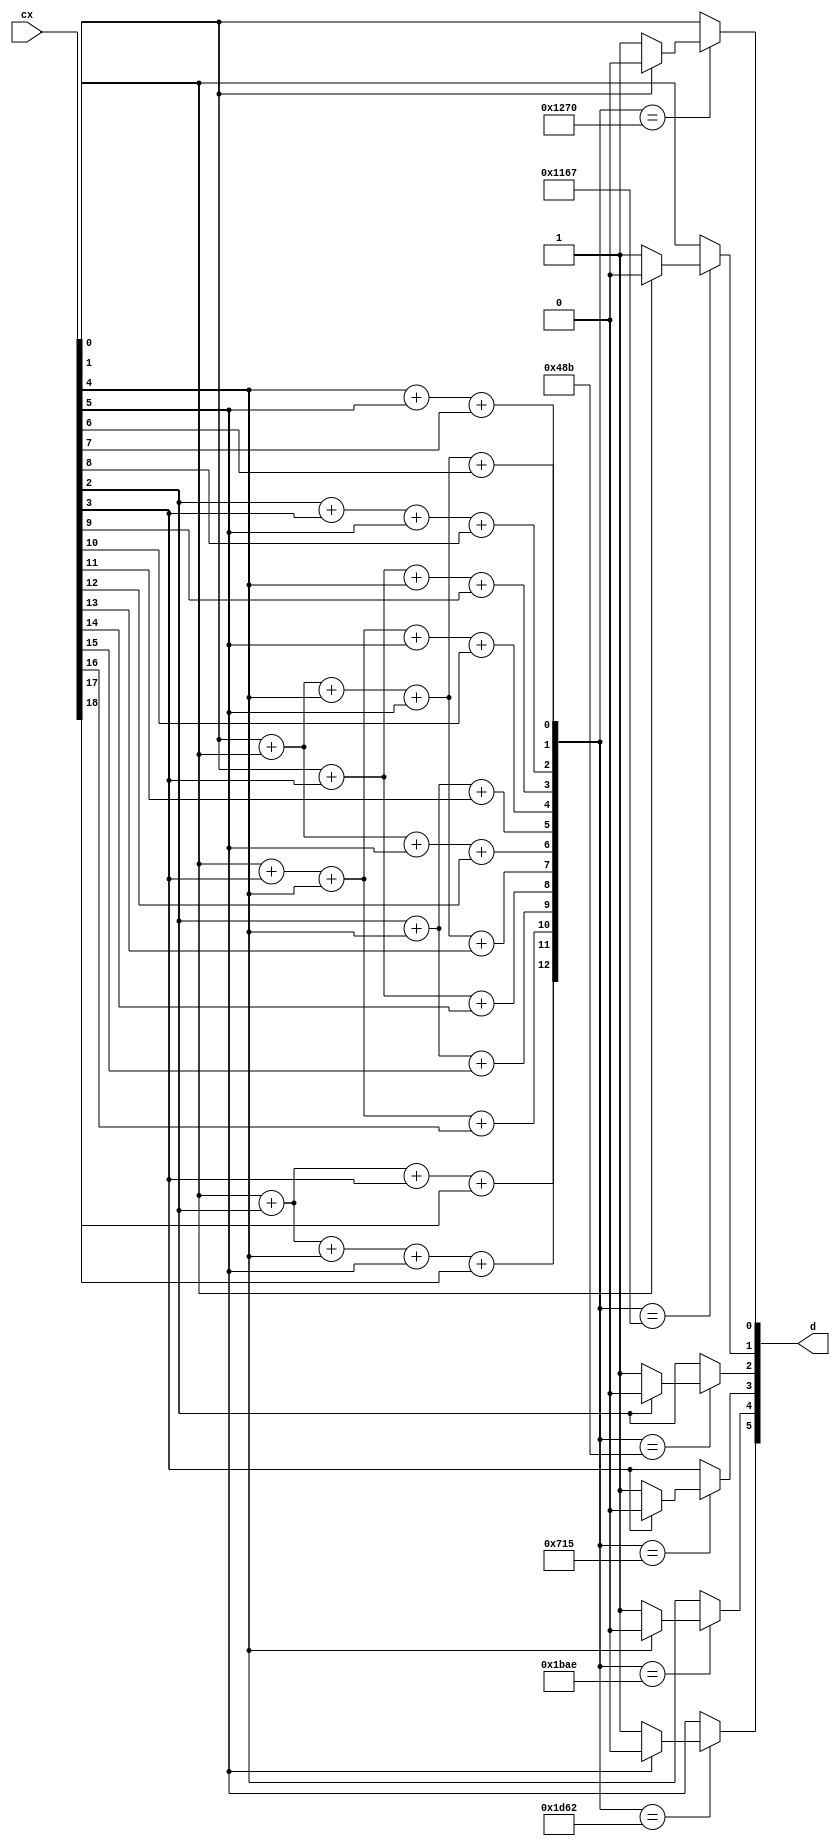
module decoder (cx,d);
	output [5:0] d;

	input [18:0] cx;

	reg [5:0] d;
	reg [12:0] s;
	reg [18:0] cx1;


	parameter s0 = 13'b1001001110000;
	parameter s1 = 13'b1000101100111;
	parameter s2 = 13'b0010010001011;
	parameter s3 = 13'b0011100010101;
	parameter s4 = 13'b1101110101110;
	parameter s5 = 13'b1110101100010;
	parameter s6 = 13'b1000000000000;
	parameter s7 = 13'b0100000000000;
	parameter s8 = 13'b0010000000000;
	parameter s9 = 13'b0001000000000;
	parameter s10 = 13'b0000100000000;
	parameter s11 = 13'b0000010000000;
	parameter s12 = 13'b0000001000000;
	parameter s13 = 13'b0000000100000;
	parameter s14 = 13'b0000000010000;
	parameter s15 = 13'b0000000001000;
	parameter s16 = 13'b0000000000100;
	parameter s17 = 13'b0000000000010;
	parameter s18 = 13'b0000000000001;


	always @(cx)
	begin
		cx1[0] = cx[0];
		cx1[1] = cx[1];
		cx1[2] = cx[2];
		cx1[3] = cx[3];
		cx1[4] = cx[4];
		cx1[5] = cx[5];
		cx1[6] = cx[6];
		cx1[7] = cx[7];
		cx1[8] = cx[8];
		cx1[9] = cx[9];
		cx1[10] = cx[10];
		cx1[11] = cx[11];
		cx1[12] = cx[12];
		cx1[13] = cx[13];
		cx1[14] = cx[14];
		cx1[15] = cx[15];
		cx1[16] = cx[16];
		cx1[17] = cx[17];
		cx1[18] = cx[18];
		s[0]= cx[0]+ cx[1]+ cx[4]+ cx[5]+ cx[6];
		s[1]= cx[4]+ cx[5]+ cx[7];
		s[2]= cx[2]+ cx[3]+ cx[5]+ cx[8];
		s[3]= cx[0]+ cx[3]+ cx[4]+ cx[9];
		s[4]= cx[1]+ cx[3]+ cx[4]+ cx[5]+ cx[10];
		s[5]= cx[2]+ cx[4]+ cx[11];
		s[6]= cx[0]+ cx[1]+ cx[5]+ cx[12];
		s[7]= cx[0]+ cx[1]+ cx[4]+ cx[5]+ cx[13];
		s[8]= cx[0]+ cx[3]+ cx[14];
		s[9]= cx[2]+ cx[4]+ cx[15];
		s[10]= cx[1]+ cx[3]+ cx[4]+ cx[16];
		s[11]= cx[1]+ cx[2]+ cx[4]+ cx[5]+ cx[17];
		s[12]= cx[1]+ cx[2]+ cx[3]+ cx[18];



		case(s)
			s0:
				begin
					if(cx[0]==1'b0)
					begin
						cx1[0]=1'b1;
					end
					else
					begin
						cx1[0]=1'b0;
					end
				end
			s1:
				begin
					if(cx[1]==1'b0)
					begin
						cx1[1]=1'b1;
					end
					else
					begin
						cx1[1]=1'b0;
					end
				end
			s2:
				begin
					if(cx[2]==1'b0)
					begin
						cx1[2]=1'b1;
					end
					else
					begin
						cx1[2]=1'b0;
					end
				end
			s3:
				begin
					if(cx[3]==1'b0)
					begin
						cx1[3]=1'b1;
					end
					else
					begin
						cx1[3]=1'b0;
					end
				end
			s4:
				begin
					if(cx[4]==1'b0)
					begin
						cx1[4]=1'b1;
					end
					else
					begin
						cx1[4]=1'b0;
					end
				end
			s5:
				begin
					if(cx[5]==1'b0)
					begin
						cx1[5]=1'b1;
					end
					else
					begin
						cx1[5]=1'b0;
					end
				end
			s6:
				begin
					if(cx[6]==1'b0)
					begin
						cx1[6]=1'b1;
					end
					else
					begin
						cx1[6]=1'b0;
					end
				end
			s7:
				begin
					if(cx[7]==1'b0)
					begin
						cx1[7]=1'b1;
					end
					else
					begin
						cx1[7]=1'b0;
					end
				end
			s8:
				begin
					if(cx[8]==1'b0)
					begin
						cx1[8]=1'b1;
					end
					else
					begin
						cx1[8]=1'b0;
					end
				end
			s9:
				begin
					if(cx[9]==1'b0)
					begin
						cx1[9]=1'b1;
					end
					else
					begin
						cx1[9]=1'b0;
					end
				end
			s10:
				begin
					if(cx[10]==1'b0)
					begin
						cx1[10]=1'b1;
					end
					else
					begin
						cx1[10]=1'b0;
					end
				end
			s11:
				begin
					if(cx[11]==1'b0)
					begin
						cx1[11]=1'b1;
					end
					else
					begin
						cx1[11]=1'b0;
					end
				end
			s12:
				begin
					if(cx[12]==1'b0)
					begin
						cx1[12]=1'b1;
					end
					else
					begin
						cx1[12]=1'b0;
					end
				end
			s13:
				begin
					if(cx[13]==1'b0)
					begin
						cx1[13]=1'b1;
					end
					else
					begin
						cx1[13]=1'b0;
					end
				end
			s14:
				begin
					if(cx[14]==1'b0)
					begin
						cx1[14]=1'b1;
					end
					else
					begin
						cx1[14]=1'b0;
					end
				end
			s15:
				begin
					if(cx[15]==1'b0)
					begin
						cx1[15]=1'b1;
					end
					else
					begin
						cx1[15]=1'b0;
					end
				end
			s16:
				begin
					if(cx[16]==1'b0)
					begin
						cx1[16]=1'b1;
					end
					else
					begin
						cx1[16]=1'b0;
					end
				end
			s17:
				begin
					if(cx[17]==1'b0)
					begin
						cx1[17]=1'b1;
					end
					else
					begin
						cx1[17]=1'b0;
					end
				end
			s18:
				begin
					if(cx[18]==1'b0)
					begin
						cx1[18]=1'b1;
					end
					else
					begin
						cx1[18]=1'b0;
					end
				end
			default:
				begin
					cx1[0]=cx[0];
					cx1[1]=cx[1];
					cx1[2]=cx[2];
					cx1[3]=cx[3];
					cx1[4]=cx[4];
					cx1[5]=cx[5];
					cx1[6]=cx[6];
					cx1[7]=cx[7];
					cx1[8]=cx[8];
					cx1[9]=cx[9];
					cx1[10]=cx[10];
					cx1[11]=cx[11];
					cx1[12]=cx[12];
					cx1[13]=cx[13];
					cx1[14]=cx[14];
					cx1[15]=cx[15];
					cx1[16]=cx[16];
					cx1[17]=cx[17];
					cx1[18]=cx[18];
				end
		endcase
		d[0] = cx1[0];
		d[1] = cx1[1];
		d[2] = cx1[2];
		d[3] = cx1[3];
		d[4] = cx1[4];
		d[5] = cx1[5];
	end
endmodule